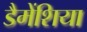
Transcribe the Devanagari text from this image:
डैमेंशिया